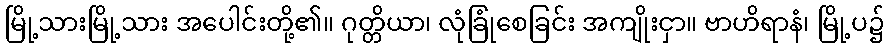
မြို့သားမြို့သား အပေါင်းတို့၏။ ဂုတ္တိယာ၊ လုံခြုံစေခြင်း အကျိုးငှာ။ ဗာဟိရာနံ၊ မြို့ပ၌